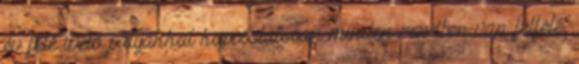
év felé ívelő pályákkal kapcsolatosan minden rendben van felfelé,